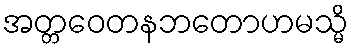
အတ္တဝေတနဘတောဟမသ္မိ